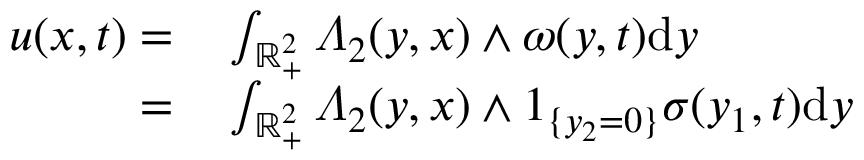
\begin{array} { r l } { u ( x , t ) = } & { { } \int _ { \mathbb { R } _ { + } ^ { 2 } } \varLambda _ { 2 } ( y , x ) \wedge \omega ( y , t ) \mathrm { d } y } \\ { = } & { { } \int _ { \mathbb { R } _ { + } ^ { 2 } } \varLambda _ { 2 } ( y , x ) \wedge 1 _ { \{ y _ { 2 } = 0 \} } \sigma ( y _ { 1 } , t ) \mathrm { d } y } \end{array}